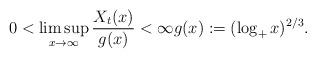
LaTeX: \begin{align*}0<\limsup_{x\to\infty} \frac{X_t(x)}{g(x)}<\infty g(x) := (\log_+ x)^{2/3}.\end{align*}